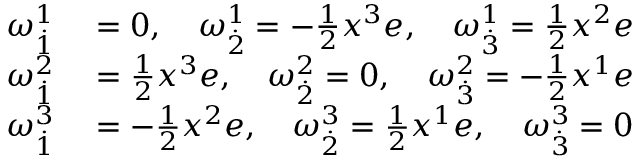
\begin{array} { r l } { \omega _ { \overset { . } { 1 } } ^ { 1 } } & { { } = 0 , \quad \omega _ { \overset { . } { 2 } } ^ { 1 } = - \frac { 1 } { 2 } x ^ { 3 } e , \quad \omega _ { \overset { . } { 3 } } ^ { 1 } = \frac { 1 } { 2 } x ^ { 2 } e } \\ { \omega _ { \overset { . } { 1 } } ^ { 2 } } & { { } = \frac { 1 } { 2 } x ^ { 3 } e , \quad \omega _ { \overset { . } { 2 } } ^ { 2 } = 0 , \quad \omega _ { \overset { . } { 3 } } ^ { 2 } = - \frac { 1 } { 2 } x ^ { 1 } e } \\ { \omega _ { \overset { . } { 1 } } ^ { 3 } } & { { } = - \frac { 1 } { 2 } x ^ { 2 } e , \quad \omega _ { \overset { . } { 2 } } ^ { 3 } = \frac { 1 } { 2 } x ^ { 1 } e , \quad \omega _ { \overset { . } { 3 } } ^ { 3 } = 0 } \end{array}